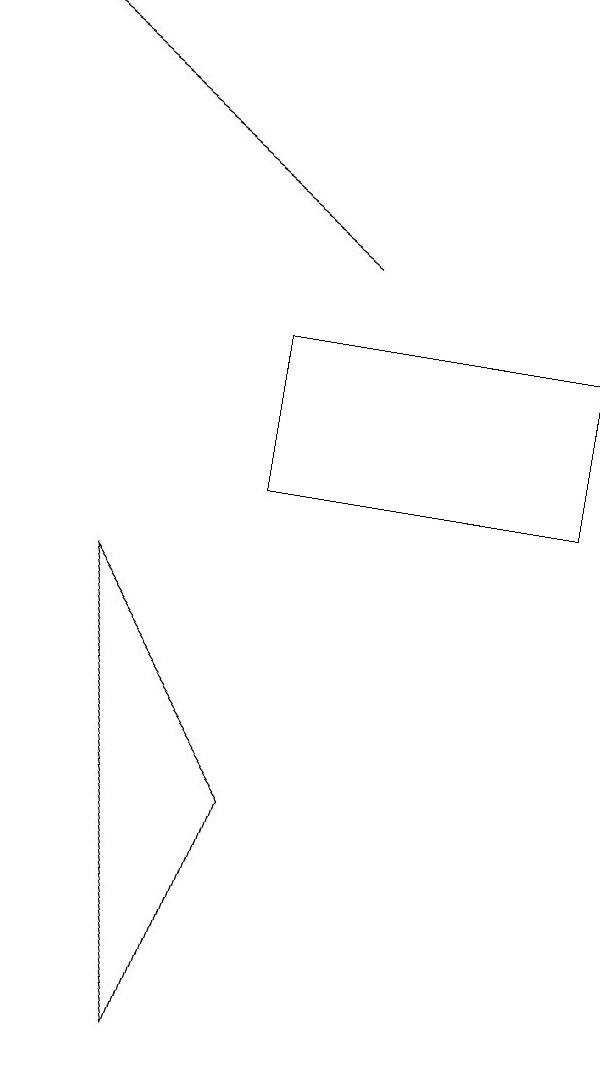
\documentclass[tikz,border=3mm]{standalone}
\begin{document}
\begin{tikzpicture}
\draw (3,10) rectangle (7,12);
\draw (2,3) -- (3,6) -- (1,9) -- cycle;
\draw[->] (4,13) -- (0,16);
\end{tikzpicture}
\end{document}